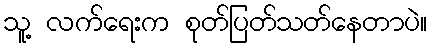
သူ့ လက်ရေးက စုတ်ပြတ်သတ်နေတာပဲ။